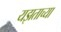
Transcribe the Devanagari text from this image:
यझताच्या